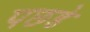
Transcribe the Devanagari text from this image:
पछडे